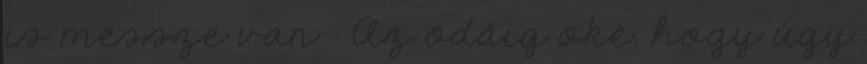
is messze van : Az odáig oké, hogy úgy